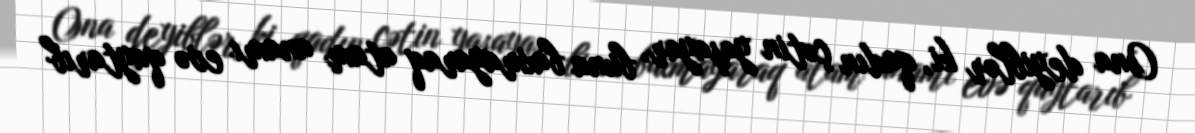
Ona deyiblər ki, qadın çətin yaşayar, buna baxmayaraq atam anamı evə qaytarıb